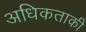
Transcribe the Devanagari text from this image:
अधिकताकी